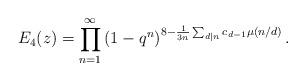
LaTeX: \begin{align*}E_4(z)=\prod^{\infty}_{n=1}\left(1-q^n\right)^{8-\frac{1}{3n}\sum_{d|n}c_{d-1}\mu(n/d)}.\end{align*}